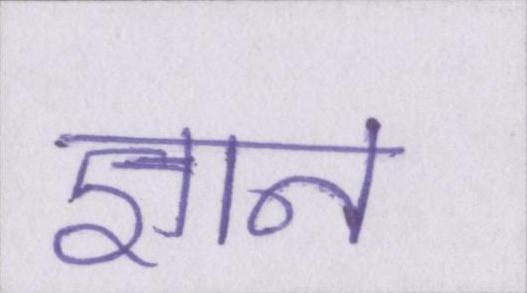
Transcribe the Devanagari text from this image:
ज्ञान